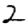
Digit: 2